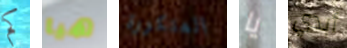
كم هيا المتكررة يا أبدي